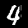
Label: 4